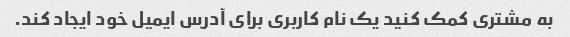
به مشتری کمک کنید یک نام کاربری برای آدرس ایمیل خود ایجاد کند.